Palvere-Nikolai_(Ravila)_vallakohus, lk 2
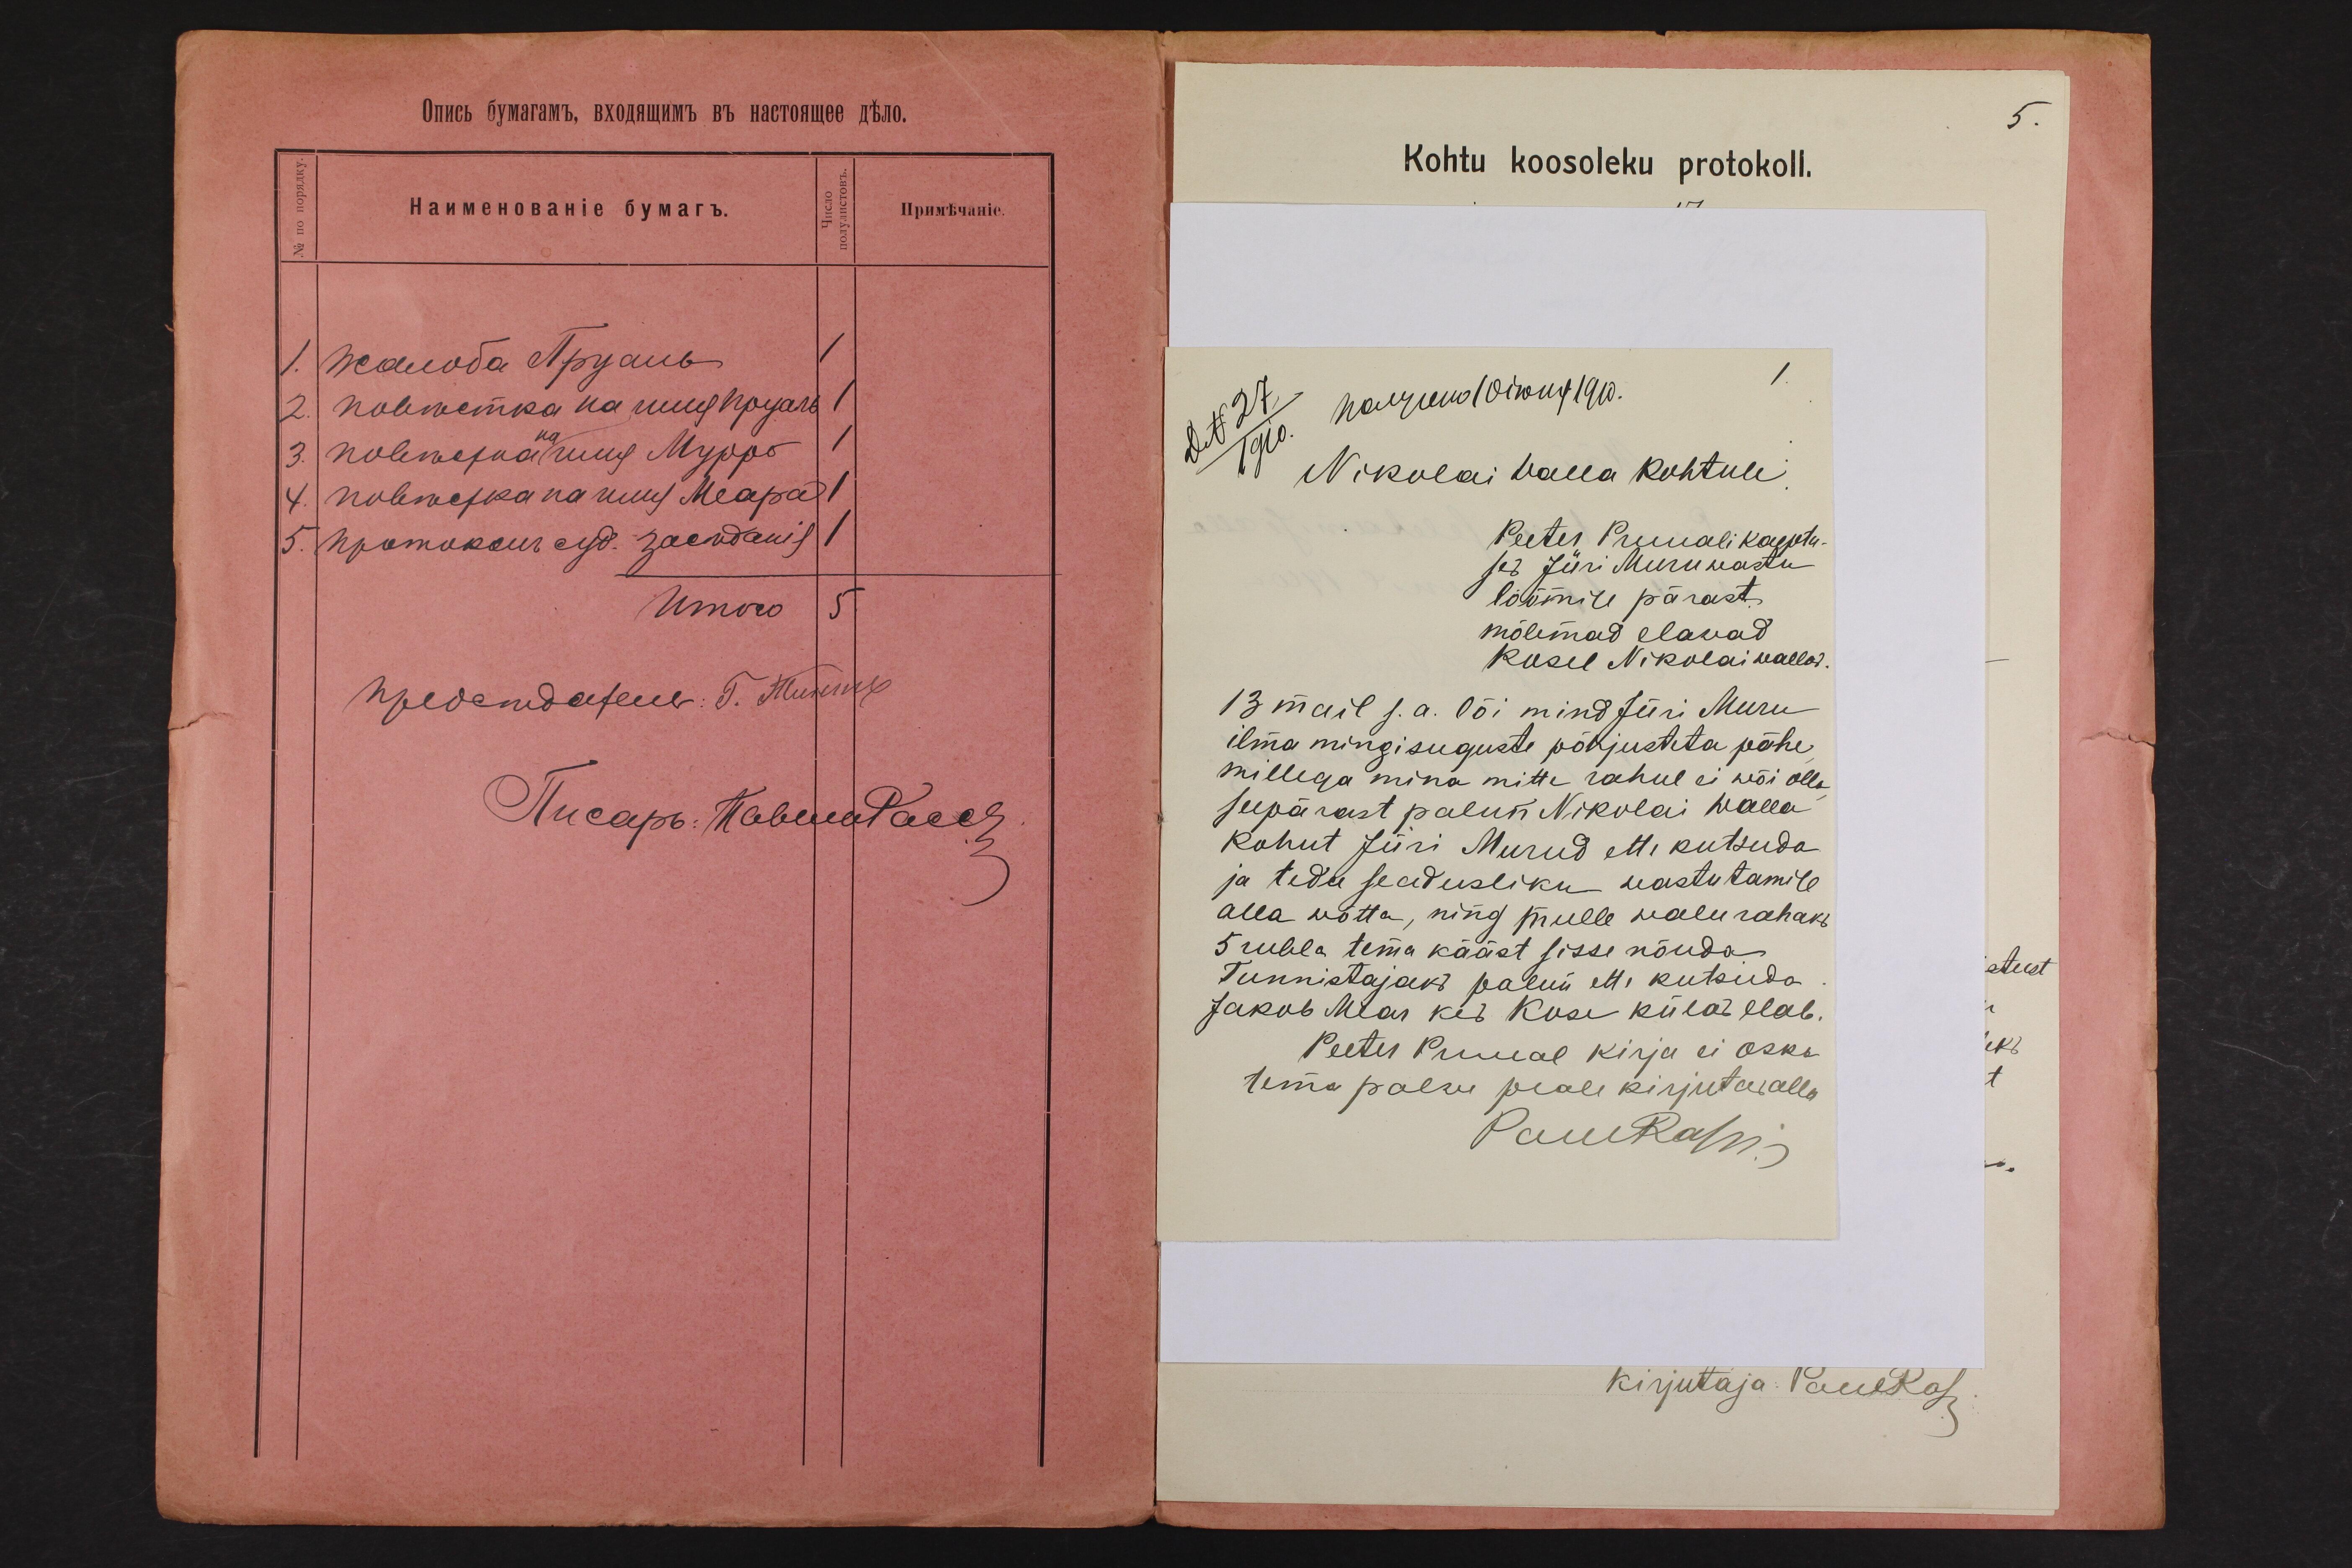
5.
Kohtu koosoleku protokoll.
DN 27.
1910
Nikolai walla kohtule
Peeter Pruuali kaebtu-
sed Jüri Muru wastu
löömise pärast
mõlemad elavad
Kosel Nikolai wallas.
13 mail s.a. lõi mind Jüri Muru
ilma mingisuguste põhjusteta pähe
millega mina mitte rahul ei wõi olla.
seepärast palun Nikolai walla
Kohut Jüri Murud ette kutsuda
ja teda seadusliku vastutamise
alla wõtta, ning mulle walu rahaks
5 rubla tema kääst sisse nõuda
Tunnistajaks palun ette kutsuda
Jakob Maar kes Kose külas elab.
Peeter Pruual kirja ei oska
tema palve peale kirjutas alla
PaulRoss